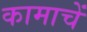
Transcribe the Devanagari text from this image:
कामाचें